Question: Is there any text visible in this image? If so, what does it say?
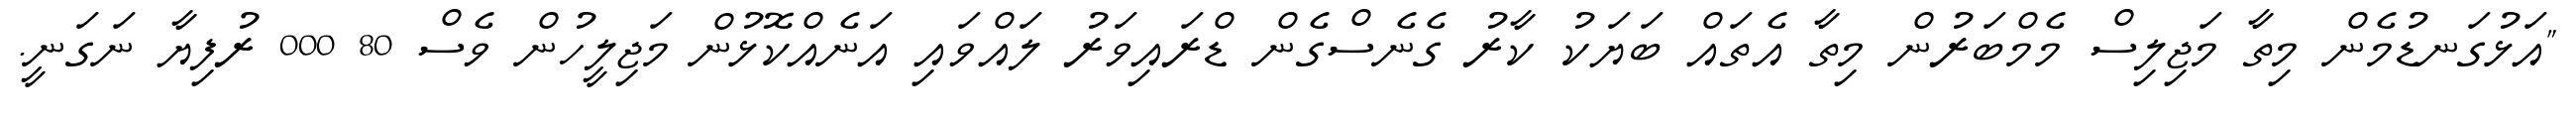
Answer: "އަޅުގަނޑުމެން މިތާ މަޖިލިސް މެމްބަރުން މިތާ އެތައް ބަޔަކު ކާރު ގެނެސްގެން ޑްރައިވަރު ލައްވައި އަނެއްކޮޅުން މަޖިލީހުން ވެސް 80 000 ރުފިޔާ ނަގަނީ.